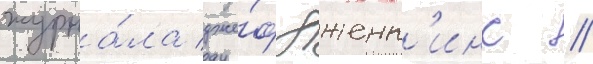
журна́ла дже́ф дженк'инс //